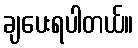
ချပေးရပါတယ်။